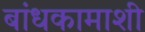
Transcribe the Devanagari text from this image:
बांधकामाशी